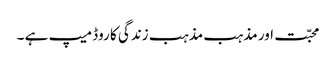
محبّت اور مذہب مذہب زندگی کا روڈ میپ ہے ۔